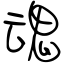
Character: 魂